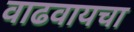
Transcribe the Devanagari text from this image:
वाढवायचा